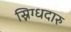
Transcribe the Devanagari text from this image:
स्निग्धदारु